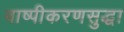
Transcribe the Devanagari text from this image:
बाष्पीकरणसुद्धा